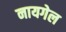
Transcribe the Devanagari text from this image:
नायगेल